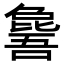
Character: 𣬕